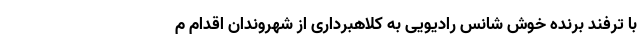
با ترفند برنده خوش شانس رادیویی به کلاهبرداری از شهروندان اقدام م